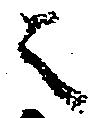
之